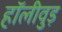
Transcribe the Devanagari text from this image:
हॉलीवुड़